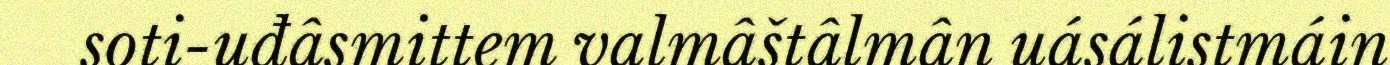
soti-uđâsmittem valmâštâlmân uásálistmáin